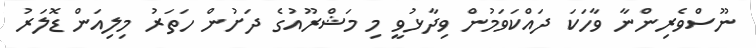
ނޫސްވެރިންނާ ވާހަކަ ދައްކަވަމުން ވިދާޅުވީ މި މަޝްރޫއުގެ ދަށުން ހަތަރު މިލިއަން ޑޮލަރު